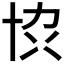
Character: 𫝓